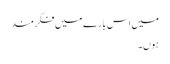
میں اس بارے میں فکر مند
ہوں۔